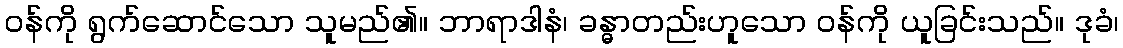
ဝန်ကို ရွက်ဆောင်သော သူမည်၏။ ဘာရာဒါနံ၊ ခန္ဓာတည်းဟူသော ဝန်ကို ယူခြင်းသည်။ ဒုခံ၊